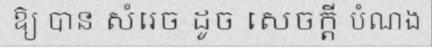
ឱ្យ បាន សំរេច ដូច សេចក្តី បំណង